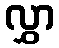
လွှာ